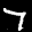
Label: 7